Madras plague regulations and rules - Volume 2
Disease focus: Plague
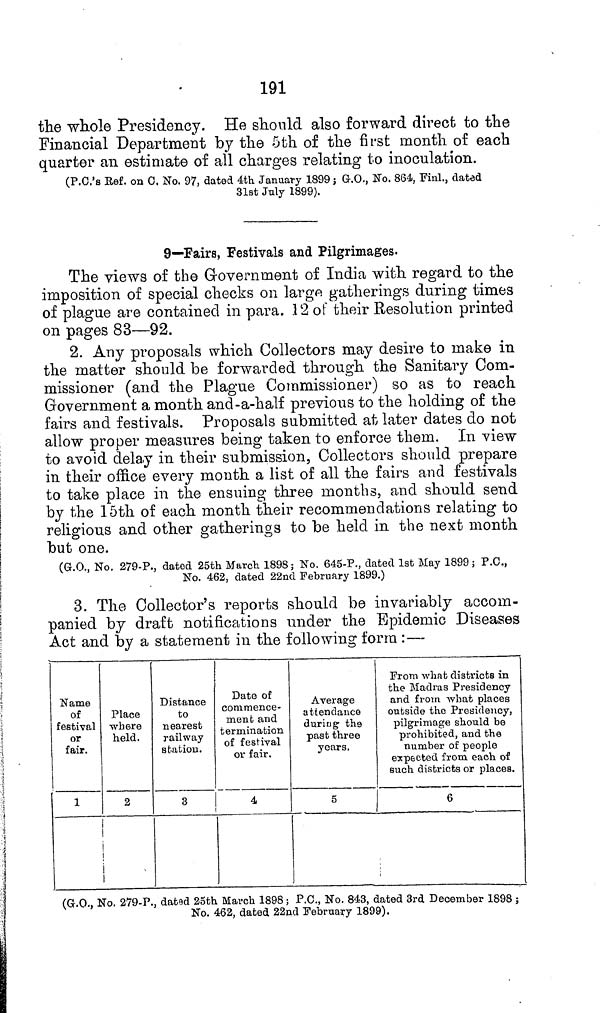
191
the whole Presidency. He should also forward direct to the
Financial Department by the 5th of the first month of each
quarter an estimate of all charges relating to inoculation.
(P.C.'s Ref. on 0, No. 97, dated 4th January 1899; G.O., No. 864, Finl., dated
31st July 1899).
9—Fairs, Festivals and Pilgrimages.
The views of the Government of India with regard to the
imposition of special checks on large gatherings during times
of plague are contained in para. 12 of their Resolution printed
on pages 83—92.
2. Any proposals which Collectors may desire to make in
the matter should be forwarded through the Sanitary Com-
missioner (and the Plague Commissioner) so as to reach
Government a month and-a-half previous to the holding of the
fairs and festivals. Proposals submitted at later dates do not
allow proper measures being taken to enforce them. In view
to avoid delay in their submission, Collectors should prepare
in their office every month a list of all the fairs and festivals
to take place in the ensuing three months, and should send
by the 15th of each month their recommendations relating to
religious and other gatherings to be held in the next month
but one.
(G.O., No. 279-P., dated 25th March 1898; No. 645-P., dated 1st May 1899; P.C.,
No. 462, dated 22nd February 1899.)
3. The Collector's reports should be invariably accom-
panied by draft notifications under the Epidemic Diseases
Act and by a statement in the following form :—
Name
of
festival
or
fair.
1
Place
where
held.
2
Distance
to
nearest
railway
station.
3
Date of
commence-
ment and
termination
of festival
or fair.
4
Average
attendance
during the
past three
years.
5
From what districts in
the Madras Presidency
and from what places
outside the Presidency,
pilgrimage should be
prohibited, and the
number of people
expected from each of
such districts or places.
6
(G.O., No. 279-P., dated 25th March 1898; P.C., No. 843, dated 3rd December 1898;
No. 462, dated 22nd February 1899).